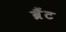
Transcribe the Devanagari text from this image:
ब्रैंट